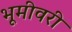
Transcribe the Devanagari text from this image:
भूमीवरी